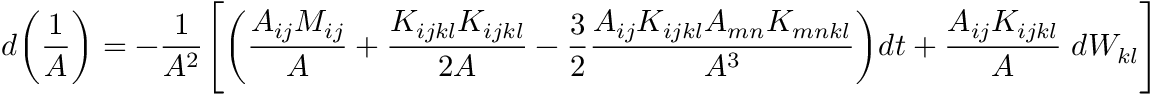
d \bigg ( \frac { 1 } { A } \bigg ) = - \frac { 1 } { A ^ { 2 } } \Bigg [ \bigg ( \frac { A _ { i j } M _ { i j } } { A } + \frac { K _ { i j k l } K _ { i j k l } } { 2 A } - \frac { 3 } { 2 } \frac { A _ { i j } K _ { i j k l } A _ { m n } K _ { m n k l } } { A ^ { 3 } } \bigg ) d t + \frac { A _ { i j } K _ { i j k l } } { A } \; d W _ { k l } \Bigg ]